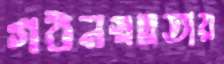
গঠনস্বল্পতায়